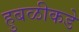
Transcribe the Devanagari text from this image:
हुबळीकडे